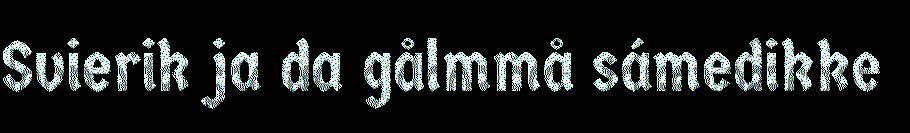
Svierik ja da gålmmå sámedikke